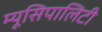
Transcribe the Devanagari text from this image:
म्यूसिपालिटी